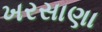
ખરસાણા